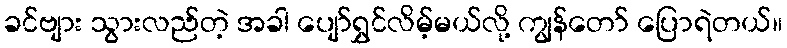
ခင်ဗျား သွားလည်တဲ့ အခါ ပျော်ရွှင်လိမ့်မယ်လို့ ကျွန်တော် ပြောရဲတယ်။